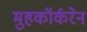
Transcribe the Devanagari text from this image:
मुहकॉर्करेन